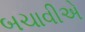
બચાવીએ